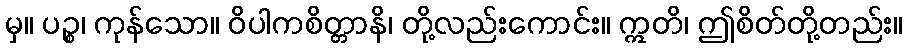
မှ။ ပဉ္စ၊ ကုန်သော။ ဝိပါကစိတ္တာနိ၊ တို့လည်းကောင်း။ ဣတိ၊ ဤစိတ်တို့တည်း။